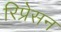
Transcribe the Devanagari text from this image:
रिप्रेसन